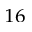
^ { 1 6 }